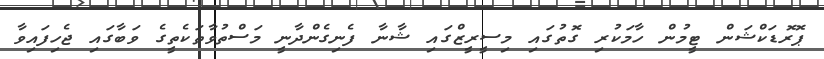
ޕޮރޮޑަކްޝަން ޓީމުން ހާމަކުރި ގޮތުގައި މިސީރީޒްގައި ޝާނާ ފެނިގެންދާނީ މަސްތުވާތަކެތީގެ ވަބާގައި ޖެހިފައިވާ